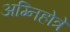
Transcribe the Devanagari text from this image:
अग्निहोत्रे